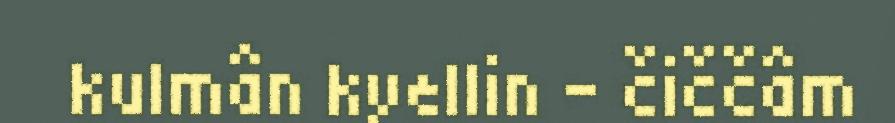
kulmân kyellin - čiččâm